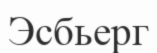
Эсбьерг